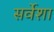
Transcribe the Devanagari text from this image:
सर्वेशा